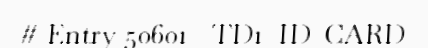
# Entry 50601 - TD1_ID_CARD